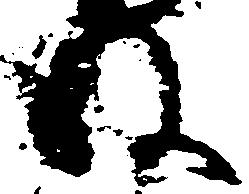
ね